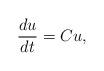
LaTeX: \begin{align*}\frac{du}{dt} = C u,\end{align*}